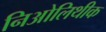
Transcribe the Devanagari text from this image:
निओलिथीक